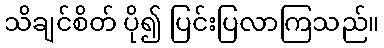
သိချင်စိတ် ပို၍ ပြင်းပြလာကြသည်။